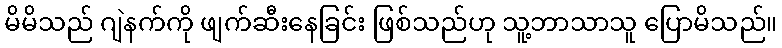
မိမိသည် ဂျဲနက်ကို ဖျက်ဆီးနေခြင်း ဖြစ်သည်ဟု သူ့ဘာသာသူ ပြောမိသည်။